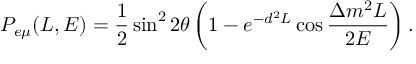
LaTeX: P _ { e \mu } ( L , E ) = \frac { 1 } { 2 } \sin ^ { 2 } 2 \theta \left( 1 - e ^ { - d ^ { 2 } L } \cos \frac { \Delta m ^ { 2 } L } { 2 E } \right) .